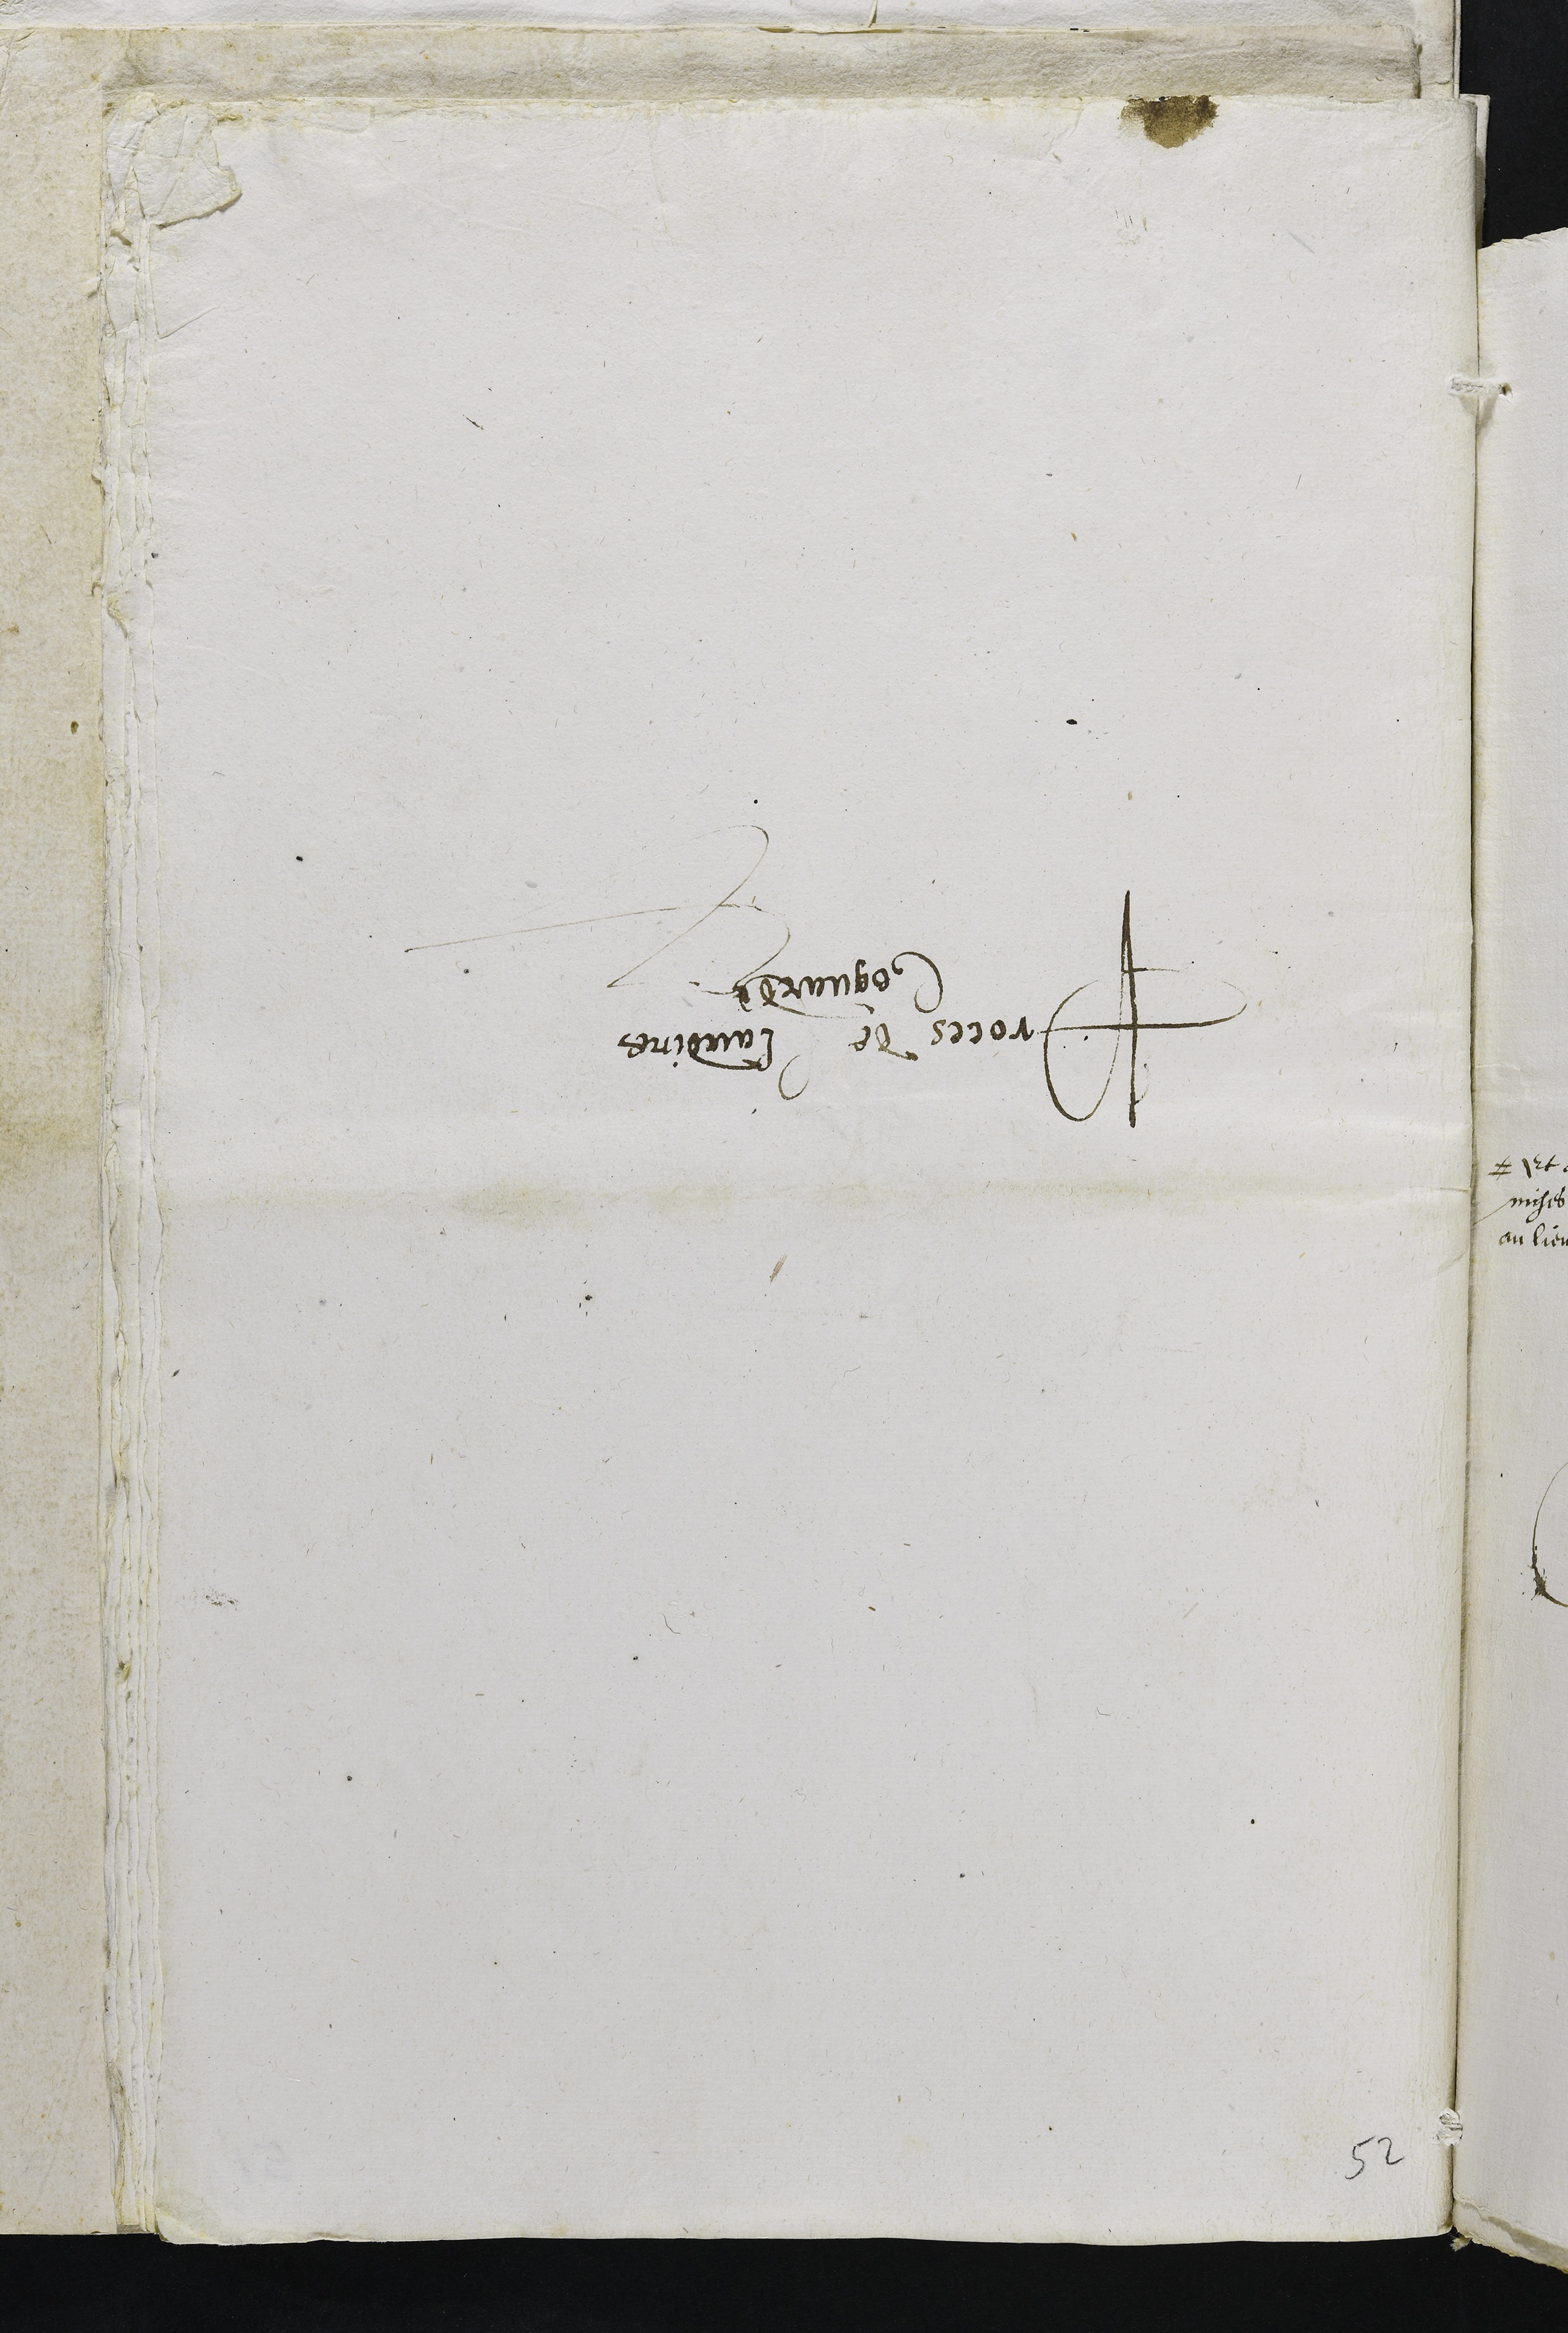
Procès de Claudine
Coquard

52